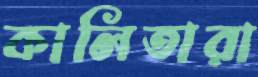
কালিতারা